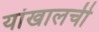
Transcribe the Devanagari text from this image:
यांखालची